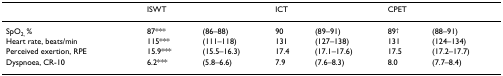
|  | ISWT |  | ICT |  | CPET |  |
 | --- | --- | --- | --- | --- | --- | --- |
 | SpO2, % | 87*** | (86–88) | 90 | (89–91) | 89† | (88–91) |
 | Heart rate, beats/min | 115*** | (111–118) | 131 | (127–138) | 131 | (124–134) |
 | Perceived exertion, RPE | 15.9*** | (15.5–16.3) | 17.4 | (17.1–17.6) | 17.5 | (17.2–17.7) |
 | Dyspnoea, CR-10 | 6.2*** | (5.8–6.6) | 7.9 | (7.6–8.3) | 8.0 | (7.7–8.4) |